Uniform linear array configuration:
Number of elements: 4
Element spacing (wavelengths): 0.25
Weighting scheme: blackman
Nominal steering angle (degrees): -45
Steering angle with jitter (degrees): -46.939
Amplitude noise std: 0.05
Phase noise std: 0.05

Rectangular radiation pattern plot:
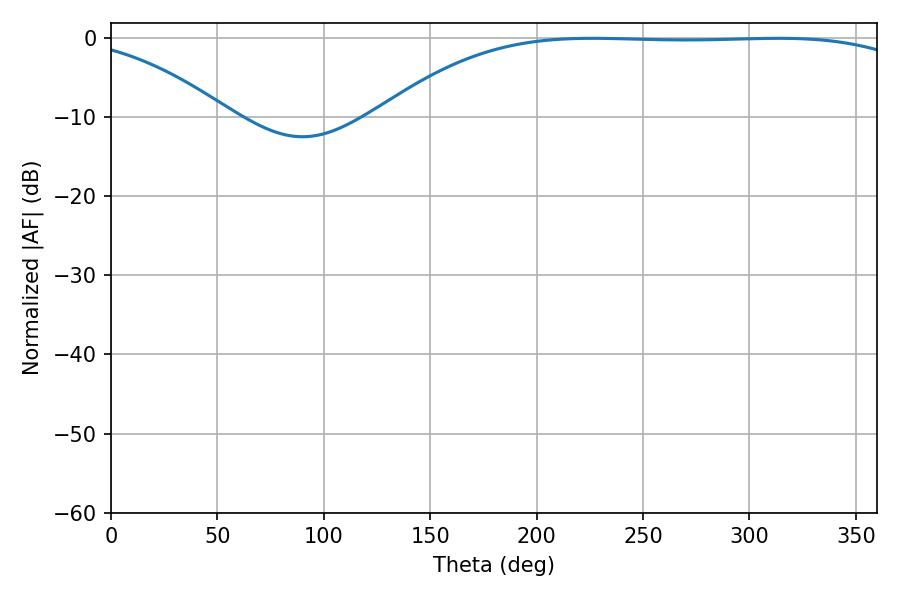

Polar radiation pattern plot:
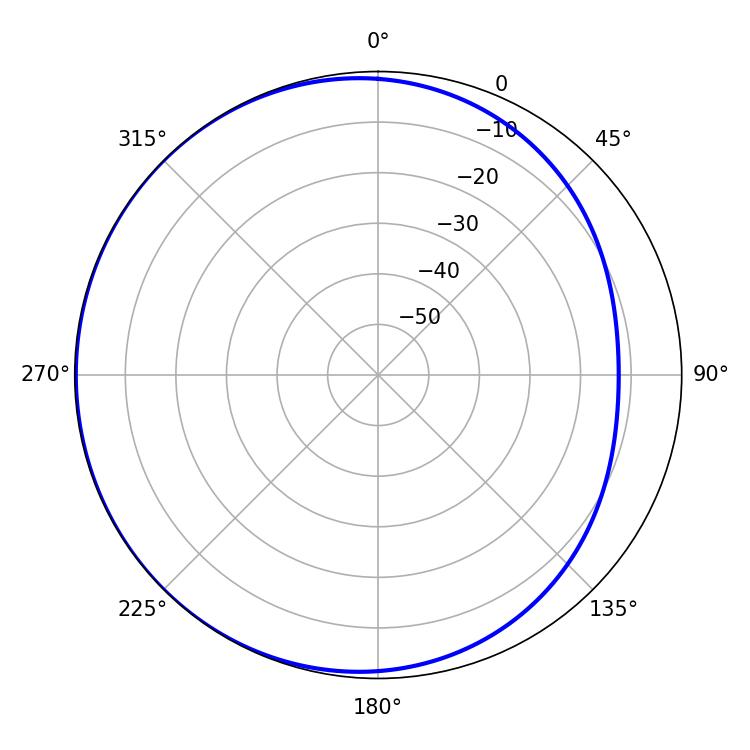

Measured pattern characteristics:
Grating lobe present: FALSE
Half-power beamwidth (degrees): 196.38
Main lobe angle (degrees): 226.26